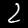
Label: 2